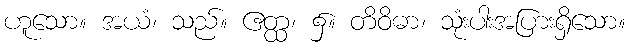
ဟူသော။ အယံ၊ သည်။ ဧတ္ထ၊ ၌။ တိဝိဓာ၊ သုံးပါးအပြားရှိသော။